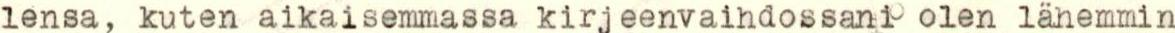
lensa, kuten aikaisemmassa kirjeenvaihdossani olen lähemmin